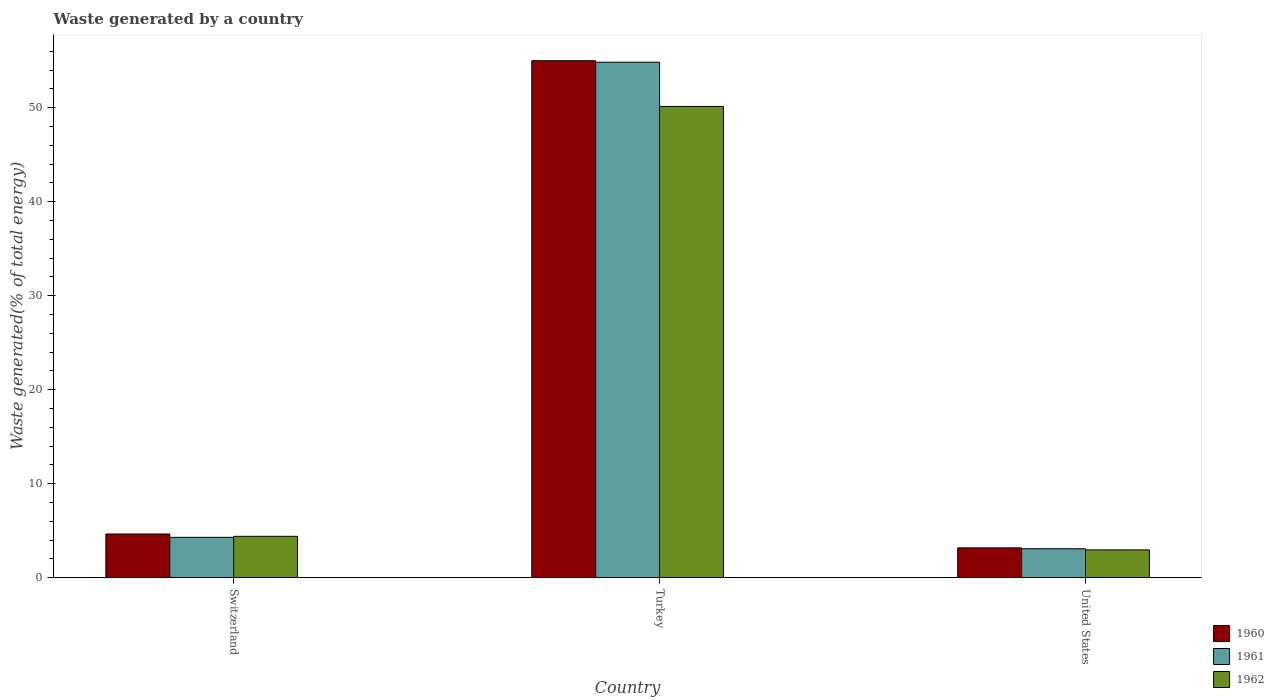
| Country | 1960 | 1961 | 1962 |
 | --- | --- | --- | --- |
 | Switzerland | 4.65 | 4.29 | 4.4 |
 | Turkey | 55 | 54.8 | 50.1 |
 | United States | 3.17 | 3.08 | 2.96 |